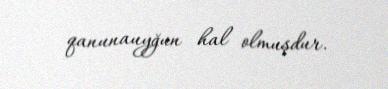
qanunauyğun hal olmuşdur.